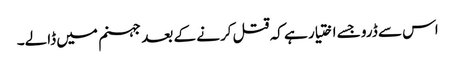
اس سے ڈرو جسے اختیار ہے کہ قتل کرنے کے بعد جہنم میں ڈالے۔